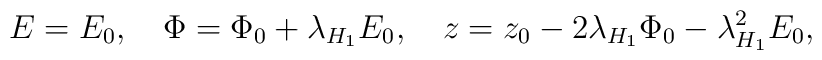
E=E_0,\quad \Phi=\Phi_0+\lambda_{H_1} E_0,\quad z=z_0-2\lambda_{H_1} \Phi_0-\lambda_{H_1}^2 E_0,